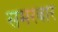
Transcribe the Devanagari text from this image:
समरबार